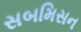
સબમિસન